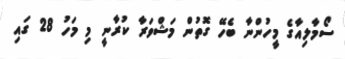
ސޯމާލިއާގެ މީހުންނާ ބެހޭ ގޮތުން މަޝްވަރާ ކުރާނީ މި މަހު 28 ގައި